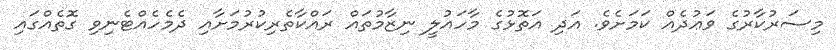
މިސަރުކާރުގެ ވަޢުދެއް ކަމަށެވެ. އަދި އަތޮޅުގެ މާހައުލީ ނިޒާމުތައް ރައްކާތެރިކުރުމަށާއި ދެމެހެއްޓެނިވި ގޮތެއްގައި